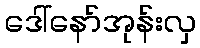
ဒေါ်နော်အုန်းလှ